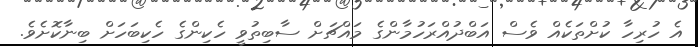
އެ ހުރިހާ ކުށްތަކެއް ވެސް އަބްދުއްރަހުމާންގެ މައްޗަށް ސާބިތުވީ ހެކިންގެ ހެކިބަހަށް ބިނާކޮށެވެ.